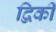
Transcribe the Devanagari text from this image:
द्विकी